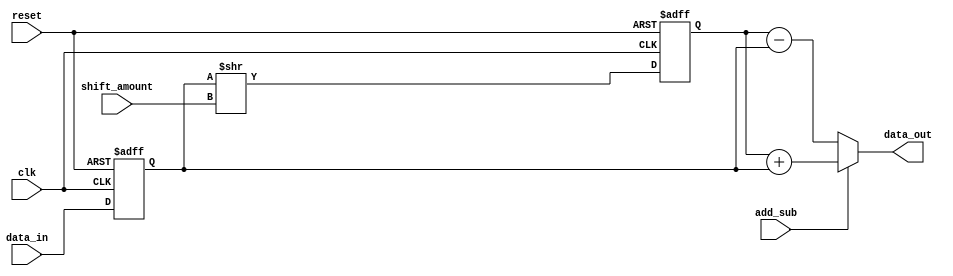
module fixed_point_shift_register(
    input wire clk,
    input wire reset,
    input wire [7:0] data_in,
    input wire [2:0] shift_amount,
    input wire add_sub,
    output reg [7:0] data_out
);

reg [7:0] data_reg;
reg [7:0] shift_reg;

always @(posedge clk or posedge reset) begin
    if (reset) begin
        data_reg <= 8'b0;
        shift_reg <= 8'b0;
    end else begin
        data_reg <= data_in;
        shift_reg <= data_reg >> shift_amount;
    end
end

always @(*) begin
    if (add_sub) begin
        data_out = shift_reg + data_reg;
    end else begin
        data_out = shift_reg - data_reg;
    end
end

endmodule